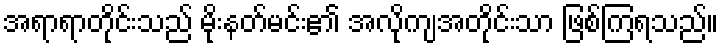
အရာရာတိုင်းသည် မိုးနတ်မင်း၏ အလိုကျအတိုင်းသာ ဖြစ်ကြရသည်။